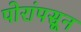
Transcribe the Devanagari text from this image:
पोरांपसून